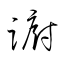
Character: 躕